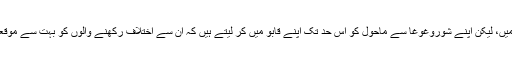
معلوم نہیں ایسے لوگ اقلیت میں ہیں یا اکثریت میں، لیکن اپنے شوروغوغا سے ماحول کو اس حد تک اپنے قابو میں کر لیتے ہیں کہ ان سے اختلاف رکھنے والوں کو بہت سے موقعوں پر تو زبان کھولنے تک کی ہمت نہیں ہوتی۔